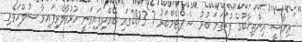
"ރިޔާސީ އިންތިޚާބުގެ ފުރަތަމަ ބުރު ސެޕްޓެމްބަރު 7 2013ގައި ބޭއްވިފައިވަނީ ހުޅުވާލެވިފައިވާ ސުލްހަވެރި